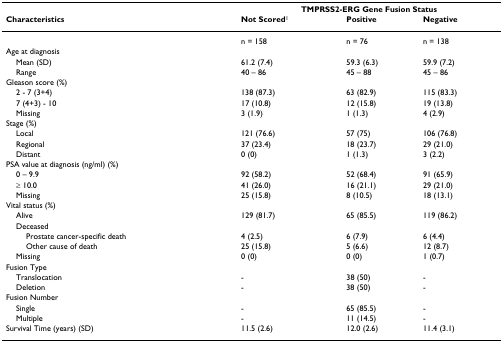
|  | <COLSPAN=3> TMPRSS2-ERG Gene Fusion Status |
 | Characteristics | Not Scored1 | Positive | Negative |
 | --- | --- | --- | --- |
 |  | n = 158 | n = 76 | n = 138 |
 | Age at diagnosis |  |  |  |
 | Mean (SD) | 61.2 (7.4) | 59.3 (6.3) | 59.9 (7.2) |
 | Range | 40 – 86 | 45 – 88 | 45 – 86 |
 | Gleason score (%) |  |  |  |
 | 2 - 7 (3+4) | 138 (87.3) | 63 (82.9) | 115 (83.3) |
 | 7 (4+3) - 10 | 17 (10.8) | 12 (15.8) | 19 (13.8) |
 | Missing | 3 (1.9) | 1 (1.3) | 4 (2.9) |
 | Stage (%) |  |  |  |
 | Local | 121 (76.6) | 57 (75) | 106 (76.8) |
 | Regional | 37 (23.4) | 18 (23.7) | 29 (21.0) |
 | Distant | 0 (0) | 1 (1.3) | 3 (2.2) |
 | PSA value at diagnosis (ng/ml) (%) |  |  |  |
 | 0 – 9.9 | 92 (58.2) | 52 (68.4) | 91 (65.9) |
 | ≥ 10.0 | 41 (26.0) | 16 (21.1) | 29 (21.0) |
 | Missing | 25 (15.8) | 8 (10.5) | 18 (13.1) |
 | Vital status (%) |  |  |  |
 | Alive | 129 (81.7) | 65 (85.5) | 119 (86.2) |
 | Deceased |  |  |  |
 | Prostate cancer-specific death | 4 (2.5) | 6 (7.9) | 6 (4.4) |
 | Other cause of death | 25 (15.8) | 5 (6.6) | 12 (8.7) |
 | Missing | 0 (0) | 0 (0) | 1 (0.7) |
 | Fusion Type |  |  |  |
 | Translocation | - | 38 (50) | - |
 | Deletion | - | 38 (50) | - |
 | Fusion Number |  |  |  |
 | Single | - | 65 (85.5) | - |
 | Multiple | - | 11 (14.5) | - |
 | Survival Time (years) (SD) | 11.5 (2.6) | 12.0 (2.6) | 11.4 (3.1) |